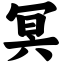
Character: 冥